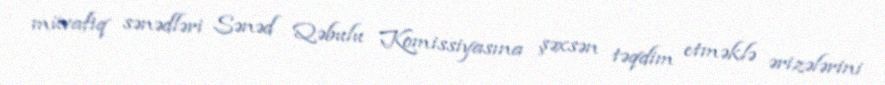
müvafiq sənədləri Sənəd Qəbulu Komissiyasına şəxsən təqdim etməklə ərizələrini